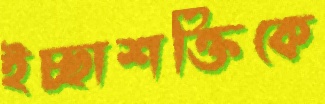
ইচ্ছাশক্তিকে